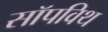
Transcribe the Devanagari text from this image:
सॉपविथ